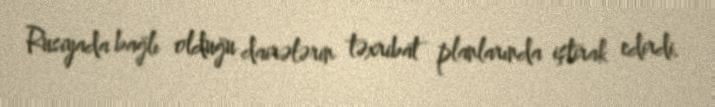
Rusiyada bağlı olduğu dairələrin təxribat planlarında iştirak edirdi.